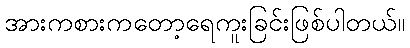
အားကစားကတော့ရေကူးခြင်းဖြစ်ပါတယ်။